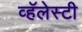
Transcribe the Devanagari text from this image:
व्हॅलेस्टी